Tezpur Lunatic Asylum reports 1895-1904 - 1895-1904
Year: 1895
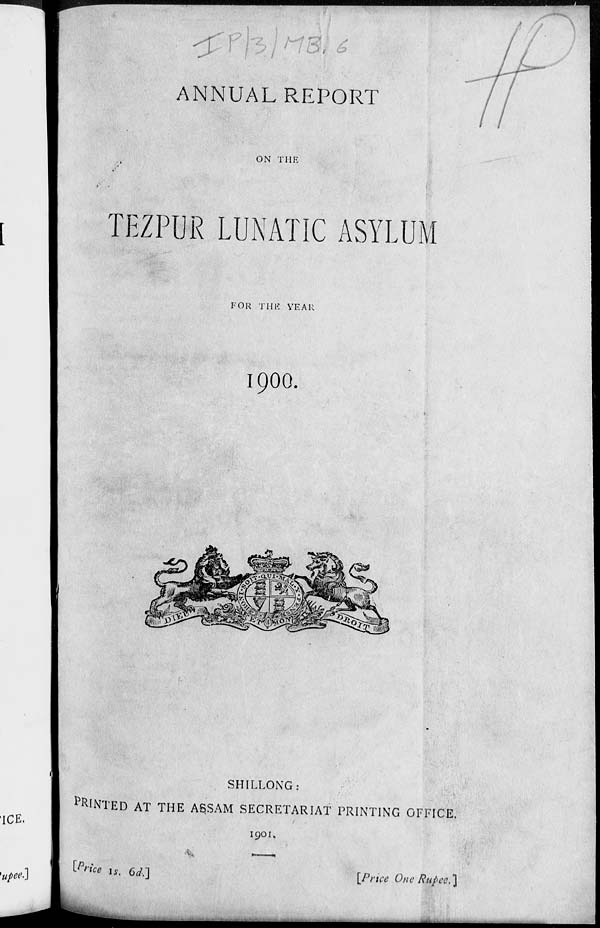
^!
n . •' m
.
ANNUAL REPORT
ON THE
TEZPUR LUNATIC ASYLUM
FOR THE YEAR
1900.
lb
SHILLONG:
MINTED AT THE AS.SAM SECRETARIAT PRINTING OFFICE.
I9OI,
[Pri lce is. 6d.]
[Price One Rupee. \